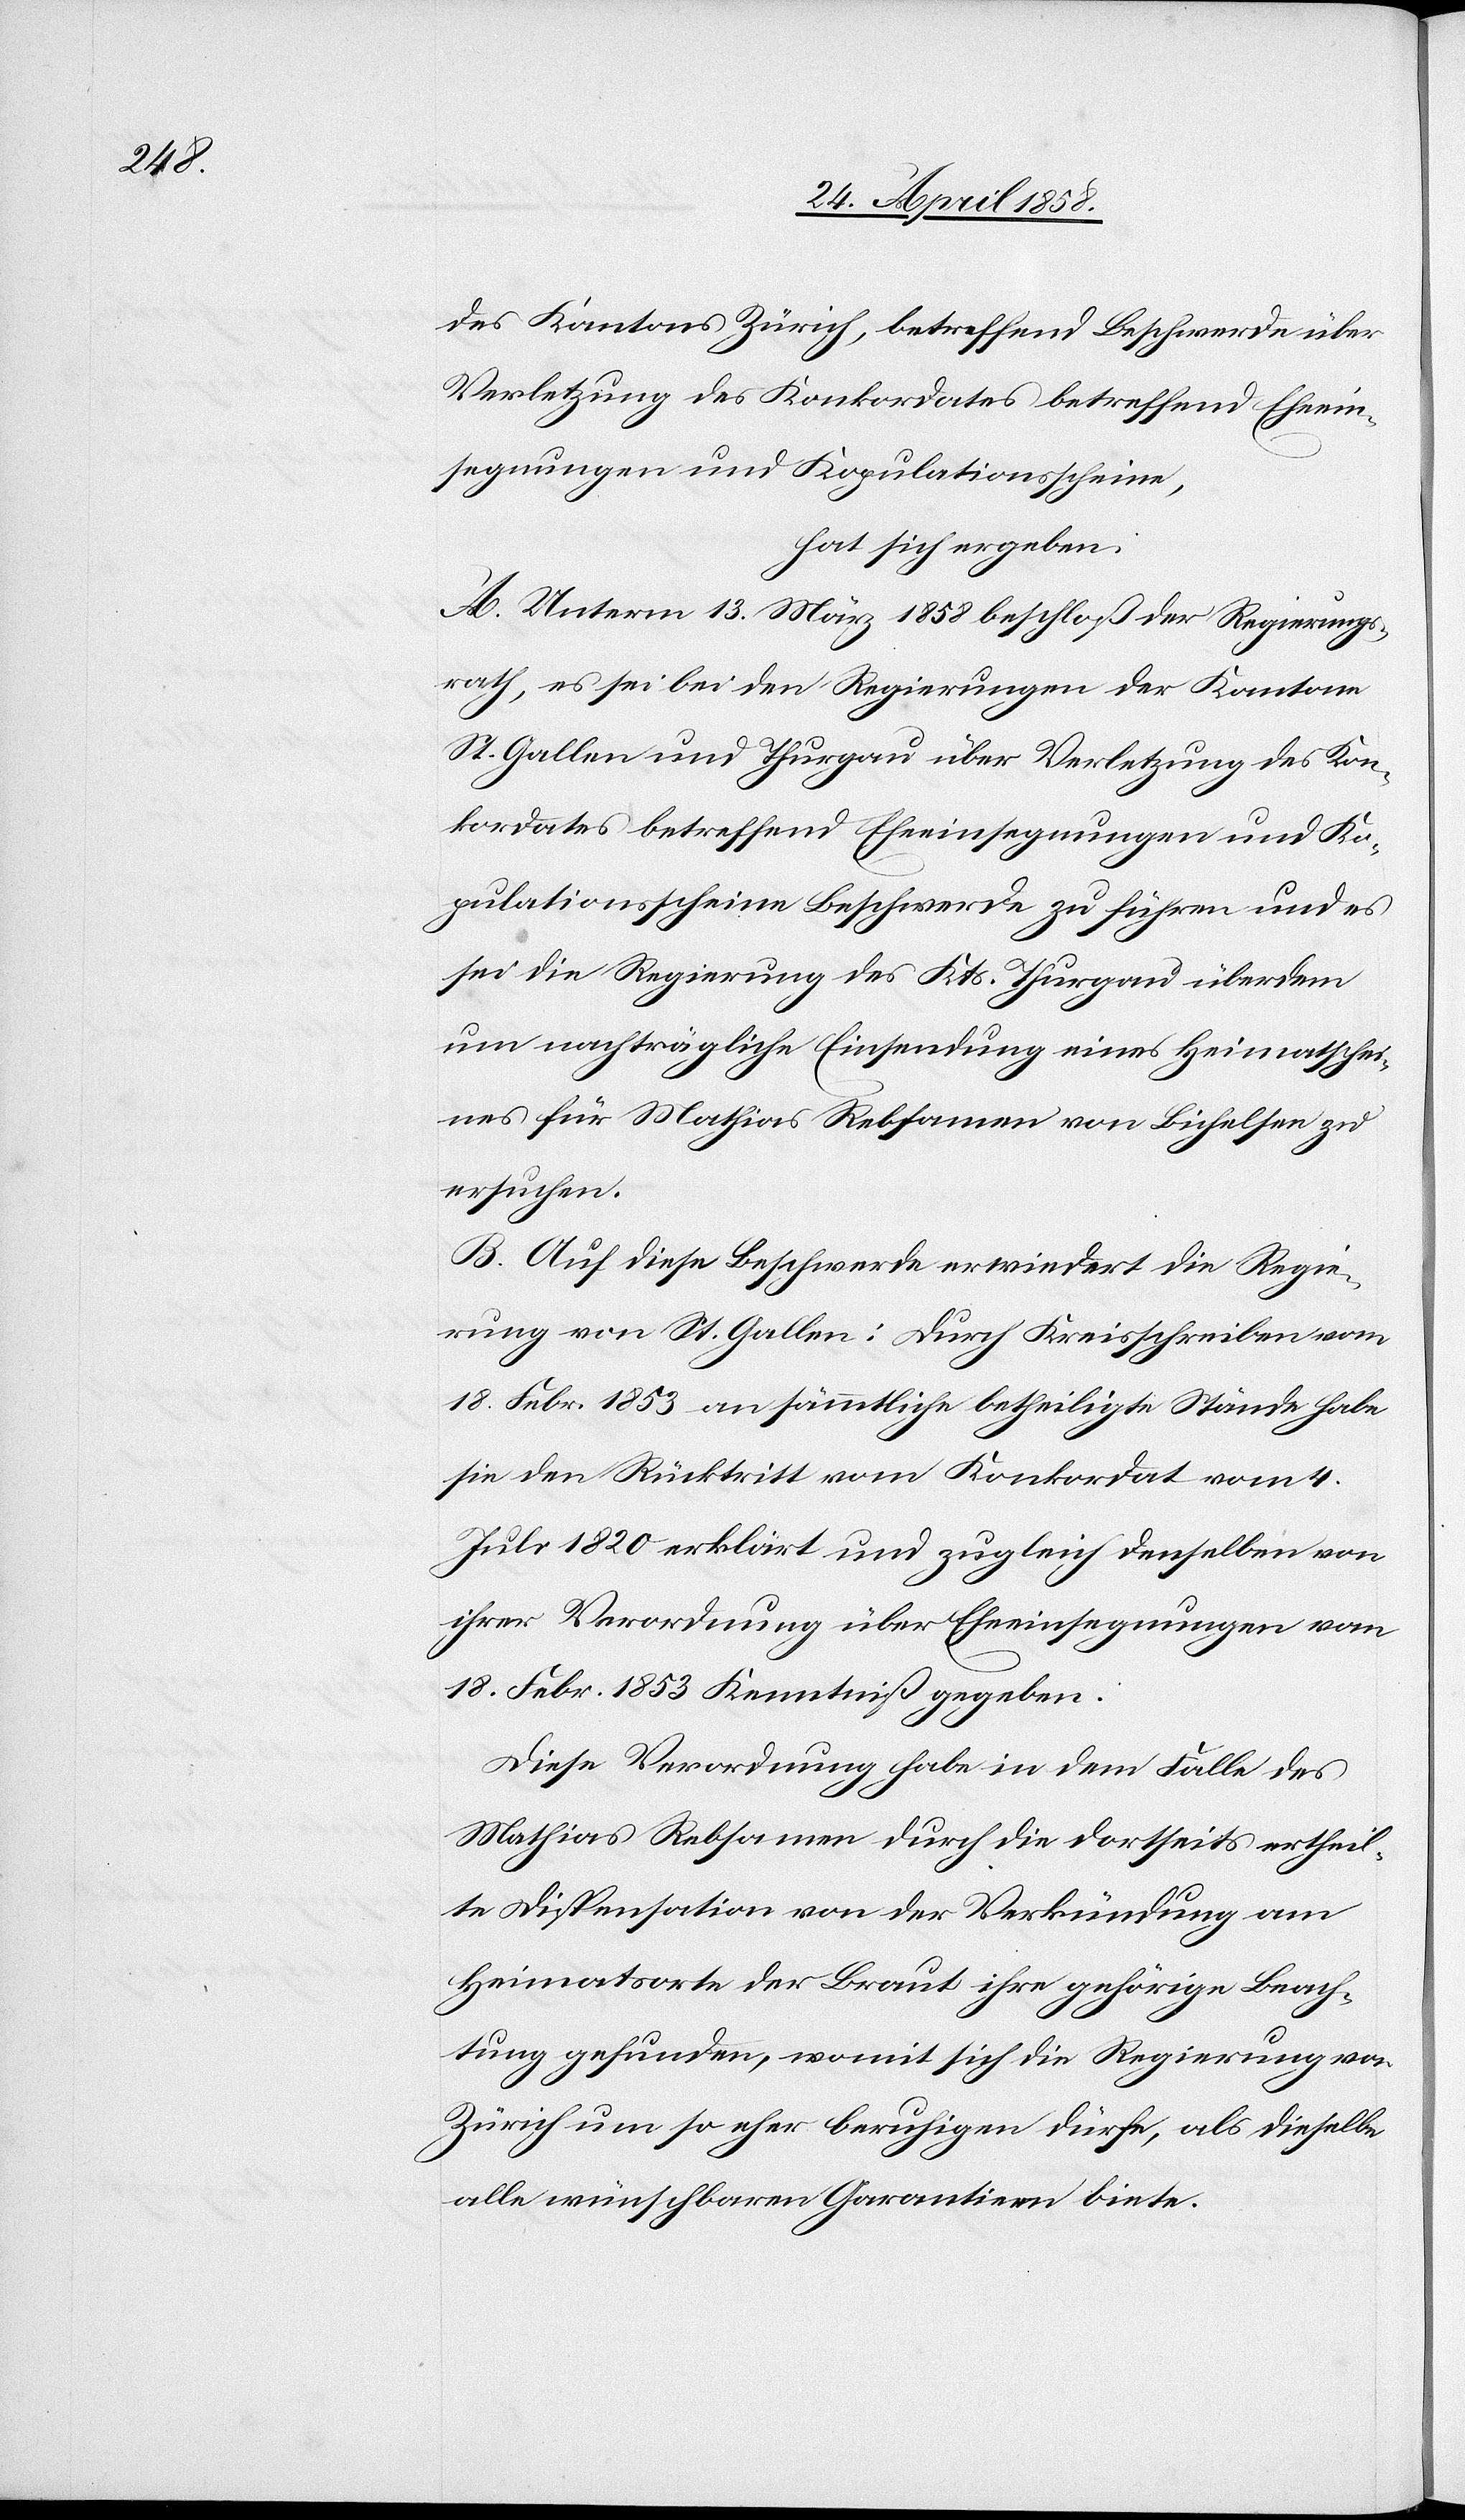
des Kantons Zürich, betreffend Beschwerden über
Verletzung des Konkordates betreffend Eheein¬
segnungen und Kopulationsscheine,
hat sich ergeben:
A. Unterm 13. März 1858 beschloß der Regierungs¬
rath, es sei bei den Regierungen der Kantone
St. Gallen und Thurgau über Verletzung des Kon¬
kordates betreffend Eheeinsegnungen und Ko¬
pulationsscheine Beschwerde zu führen und es
sei die Regierung des Kts. Thurgau über dem
um nachträgliche Einsendung eines Heimatschei¬
nes für Mathias Rebsamen von Bichelsee zu
ersuchen.
B. Auf diese Beschwerde erwiedert die Regie¬
rung von St. Gallen: Durch Kreisschreiben vom
18. Febr. 1853 an sämmtliche betheiligte Stände habe
sie den Rücktritt vom Konkordat vom 4.
Juli 1820 erklärt und zugleich denselben von
ihrer Verordnung über Eheeinsegnungen vom
18. Febr. 1853 Kenntniß gegeben.
Diese Verordnung habe in dem Falle des
Mathias Rebsamen durch die dortseits ertheil¬
te Dispensation von der Verkündung am
Heimatsorte der Braut ihre gehörige Beach¬
tung gefunden, womit sich die Regierung von
Zürich um so eher beruhigen dürfe, als dieselbe
alle wünschbaren Garantien biete.